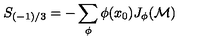
S _ { ( - 1 ) / 3 } = - \sum _ { \phi } \phi ( x _ { 0 } ) J _ { \phi } ( { \cal M } )